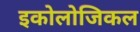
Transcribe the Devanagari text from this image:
इकोलोजिकल